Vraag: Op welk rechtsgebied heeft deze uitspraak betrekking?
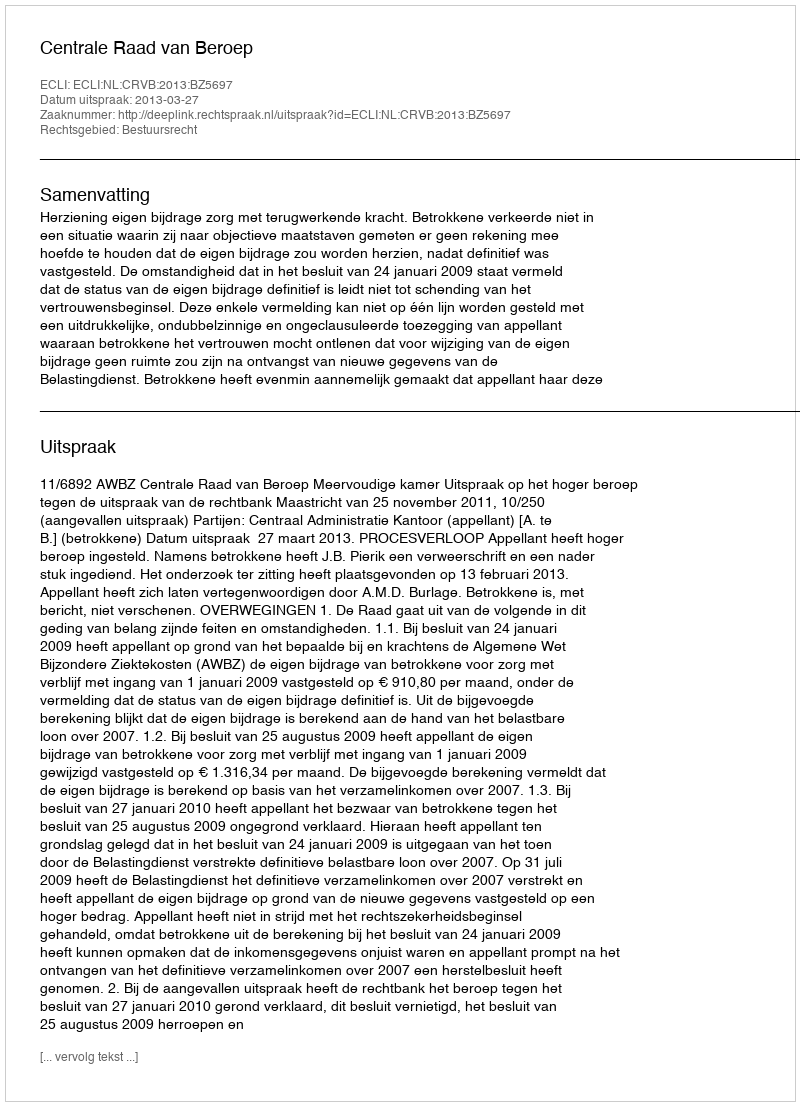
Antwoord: Bestuursrecht